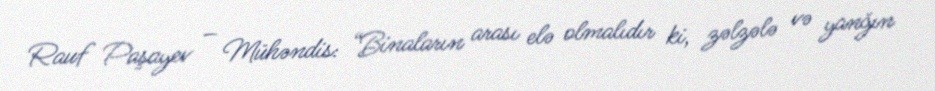
Rauf Paşayev – Mühəndis: “Binaların arası elə olmalıdır ki, zəlzələ və yanğın